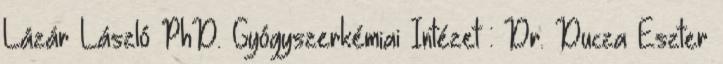
Lázár László PhD. Gyógyszerkémiai Intézet : Dr. Ducza Eszter